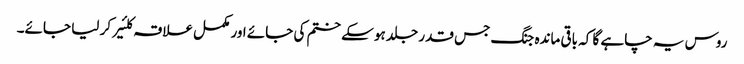
روس یہ چاہے گا کہ باقی ماندہ جنگ جس قدر جلد ہو سکے ختم کی جائے اور مکمل علاقہ کلئیر کر لیا جائے۔